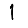
Digit: 1